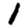
Digit: 1